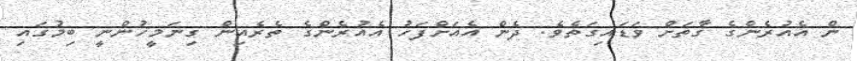
ން އެއުރެންގެ ގާތަށް ވަޑައިގަތެވެ. ދެން އެއަށްފަހު އެއުރެންގެ ތެރެއިން ގިނަމީހުންނީ ބިމުގައި